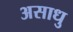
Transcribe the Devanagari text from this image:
असाधु